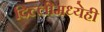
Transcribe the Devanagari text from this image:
दिल्लीमध्येही